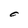
Character: c